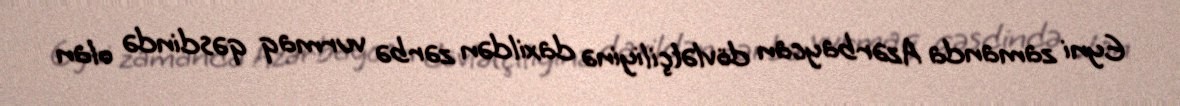
Eyni zamanda Azərbaycan dövlətçiliyinə daxildən zərbə vurmaq qəsdində olan